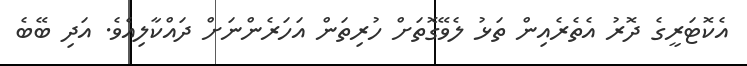
އެކޮޓަރީގެ ދޮރު އެތެރެއިން ތަޅު ލެވޭގޮތަށް ހުރިތަން އަހަރެންނަށް ދައްކާލިއެވެ. އަދި ބޭބެ